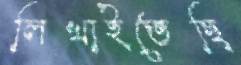
লিখাইতেছি